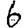
Digit: 6